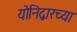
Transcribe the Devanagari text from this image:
योनिद्वारच्या